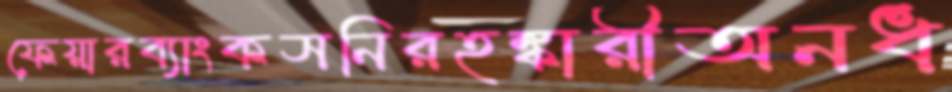
ফেয়ারব্যাংকসনিরহঙ্কারীঅনধ